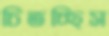
চিতচ্ছিস